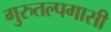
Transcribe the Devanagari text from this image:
गुरुतल्पगासी